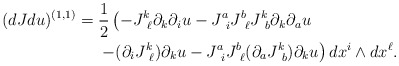
\begin{align*}(dJdu)^{(1,1)} = {} & \frac{1}{2} \left(- J^k_{\ \ell} \partial_k \partial_{i} u - J^a_{\ i} J^b_{\ \ell} J^k_{\ b} \partial_k \partial_a u \right. \\ & \left. - (\partial_{i} J^k_{\ \ell} ) \partial_k u - J^a_{\ i} J^b_{\ \ell} (\partial_a J^k_{\ b}) \partial_k u \right) dx^i \wedge dx^{\ell}.\end{align*}